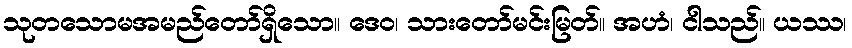
သုတသောမအမည်တော်ရှိသော။ ဒေဝ၊ သားတော်မင်းမြတ်။ အဟံ၊ ငါသည်။ ယဿ၊